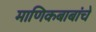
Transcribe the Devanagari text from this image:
माणिकबाबांचे